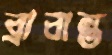
ব্রাবান্ত